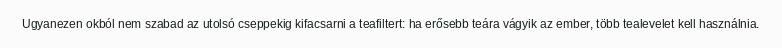
Ugyanezen okból nem szabad az utolsó cseppekig kifacsarni a teafiltert: ha erősebb teára vágyik az ember, több tealevelet kell használnia.